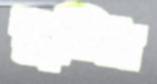
ধুতিস